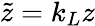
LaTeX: \tilde{z}=k_{L}z